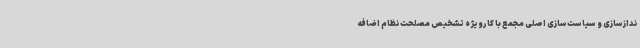
ندازسازی و سیاست‌سازی اصلی مجمع با کارویژه تشخیص مصلحت نظام اضافه